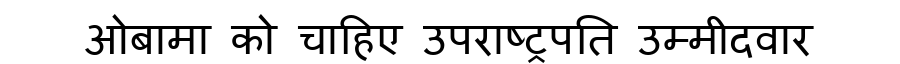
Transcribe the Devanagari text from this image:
ओबामा को चाहिए उपराष्ट्रपति उम्मीदवार